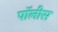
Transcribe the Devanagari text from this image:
पॉलीस